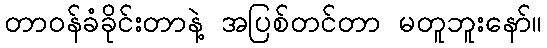
တာဝန်ခံခိုင်းတာနဲ့ အပြစ်တင်တာ မတူဘူးနော်။